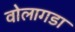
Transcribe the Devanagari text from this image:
वोलागडा